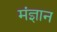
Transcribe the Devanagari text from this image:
मंज्ञान